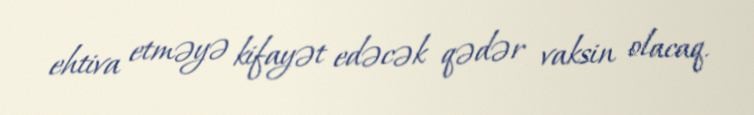
ehtiva etməyə kifayət edəcək qədər vaksin olacaq.